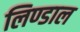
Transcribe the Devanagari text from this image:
लिण्डाल